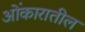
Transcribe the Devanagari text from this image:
ओंकारातील